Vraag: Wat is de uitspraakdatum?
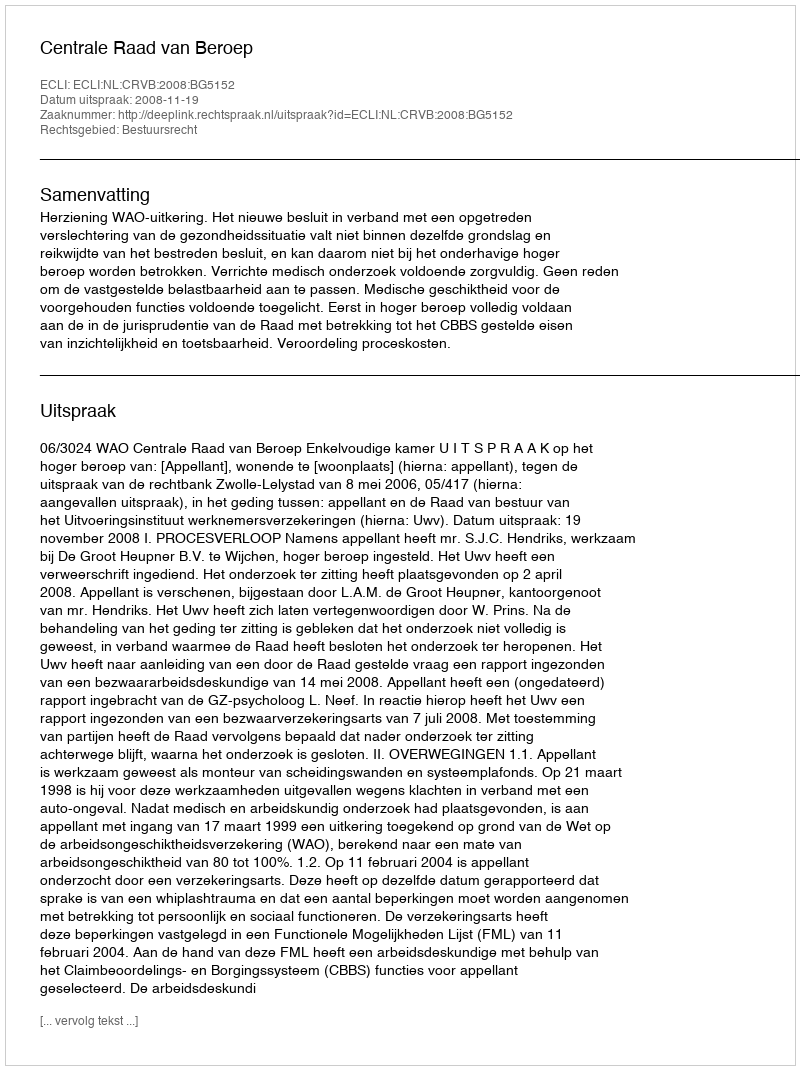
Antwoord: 2008-11-19